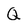
Character: Q